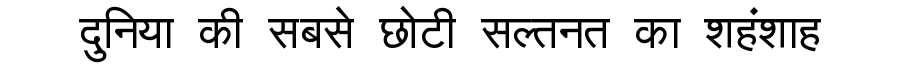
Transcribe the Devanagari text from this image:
दुनिया की सबसे छोटी सल्तनत का शहंशाह